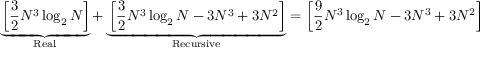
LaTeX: \underbrace { \left[ { \frac { 3 } { 2 } } N ^ { 3 } \log _ { 2 } N \right] } _ { \mathrm { R e a l } } + \underbrace { \left[ { \frac { 3 } { 2 } } N ^ { 3 } \log _ { 2 } N - 3 N ^ { 3 } + 3 N ^ { 2 } \right] } _ { \mathrm { R e c u r s i v e } } = \left[ { \frac { 9 } { 2 } } N ^ { 3 } \log _ { 2 } N - 3 N ^ { 3 } + 3 N ^ { 2 } \right]